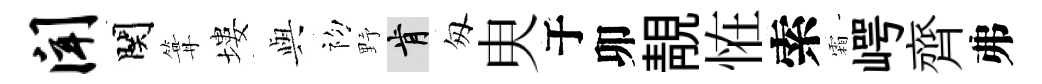
闻関篝塿𫤰初野肯匆㬰于卯靚恠索霜崿齊弗